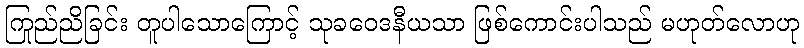
ကြည်ညိုခြင်း တူပါသောကြောင့် သုခဝေဒနီယသာ ဖြစ်ကောင်းပါသည် မဟုတ်လောဟု